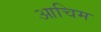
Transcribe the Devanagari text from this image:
आचिम